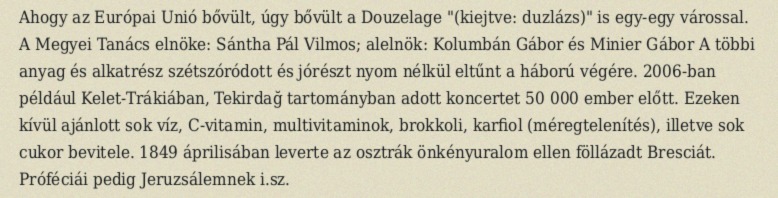
Ahogy az Európai Unió bővült, úgy bővült a Douzelage "(kiejtve: duzlázs)" is egy-egy várossal. A Megyei Tanács elnöke: Sántha Pál Vilmos; alelnök: Kolumbán Gábor és Minier Gábor A többi anyag és alkatrész szétszóródott és jórészt nyom nélkül eltűnt a háború végére. 2006-ban például Kelet-Trákiában, Tekirdağ tartományban adott koncertet 50 000 ember előtt. Ezeken kívül ajánlott sok víz, C-vitamin, multivitaminok, brokkoli, karfiol (méregtelenítés), illetve sok cukor bevitele. 1849 áprilisában leverte az osztrák önkényuralom ellen föllázadt Bresciát. Próféciái pedig Jeruzsálemnek i.sz.